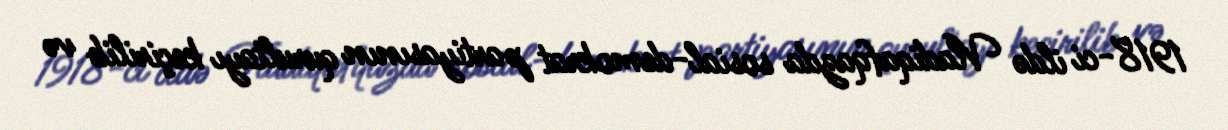
1918-ci ildə Vladiqafqazda sosial-demokrat partiyasının qurultayı keçirilib və